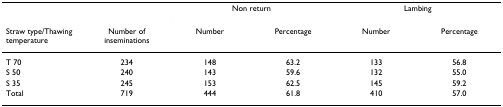
<table><thead><tr><td></td><td></td><td colspan="2"><b>Non return</b></td><td colspan="2"><b>Lambing</b></td></tr><tr><td><b>Straw type/Thawing temperature</b></td><td><b>Number of inseminations</b></td><td><b>Number</b></td><td><b>Percentage</b></td><td><b>Number</b></td><td><b>Percentage</b></td></tr></thead><tbody><tr><td>T 70</td><td>234</td><td>148</td><td>63.2</td><td>133</td><td>56.8</td></tr><tr><td>S 50</td><td>240</td><td>143</td><td>59.6</td><td>132</td><td>55.0</td></tr><tr><td>S 35</td><td>245</td><td>153</td><td>62.5</td><td>145</td><td>59.2</td></tr><tr><td>Total</td><td>719</td><td>444</td><td>61.8</td><td>410</td><td>57.0</td></tr></tbody></table>